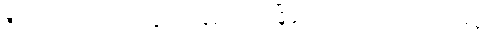
ဒီအတွက် ၂၀၀၆ ခုနှစ် ဘန်ကောက်မြို့မှာ ကျင်းပတဲ့ ကုလသမဂ္ဂ